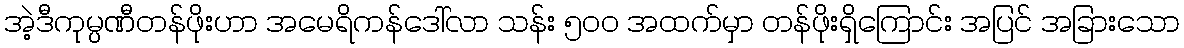
အဲ့ဒီကုမ္ပဏီတန်ဖိုးဟာ အမေရိကန်ဒေါ်လာ သန်း ၅၀၀ အထက်မှာ တန်ဖိုးရှိကြောင်း အပြင် အခြားသော